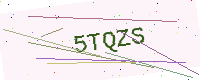
Text: 5TQZS